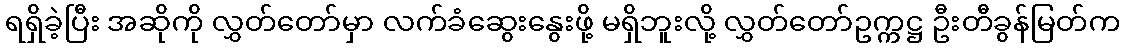
ရရှိခဲ့ပြီး အဆိုကို လွှတ်တော်မှာ လက်ခံဆွေးနွေးဖို့ မရှိဘူးလို့ လွှတ်တော်ဥက္ကဋ္ဌ ဦးတီခွန်မြတ်က